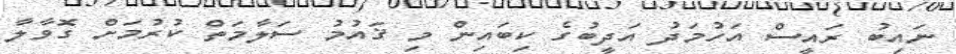
ނައިބު ރައީސް އަހުމަދު އަދީބުގެ ކިބައިން މި ޤައުމު ސަލާމަތް ކުރުމަށް ގޮވާލާ